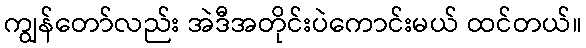
ကျွန်တော်လည်း အဲဒီအတိုင်းပဲကောင်းမယ် ထင်တယ်။